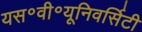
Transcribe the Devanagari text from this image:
यस॰वी॰यूनिवर्सिटी